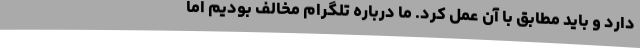
دارد و باید مطابق با آن عمل کرد. ما درباره تلگرام مخالف بودیم اما